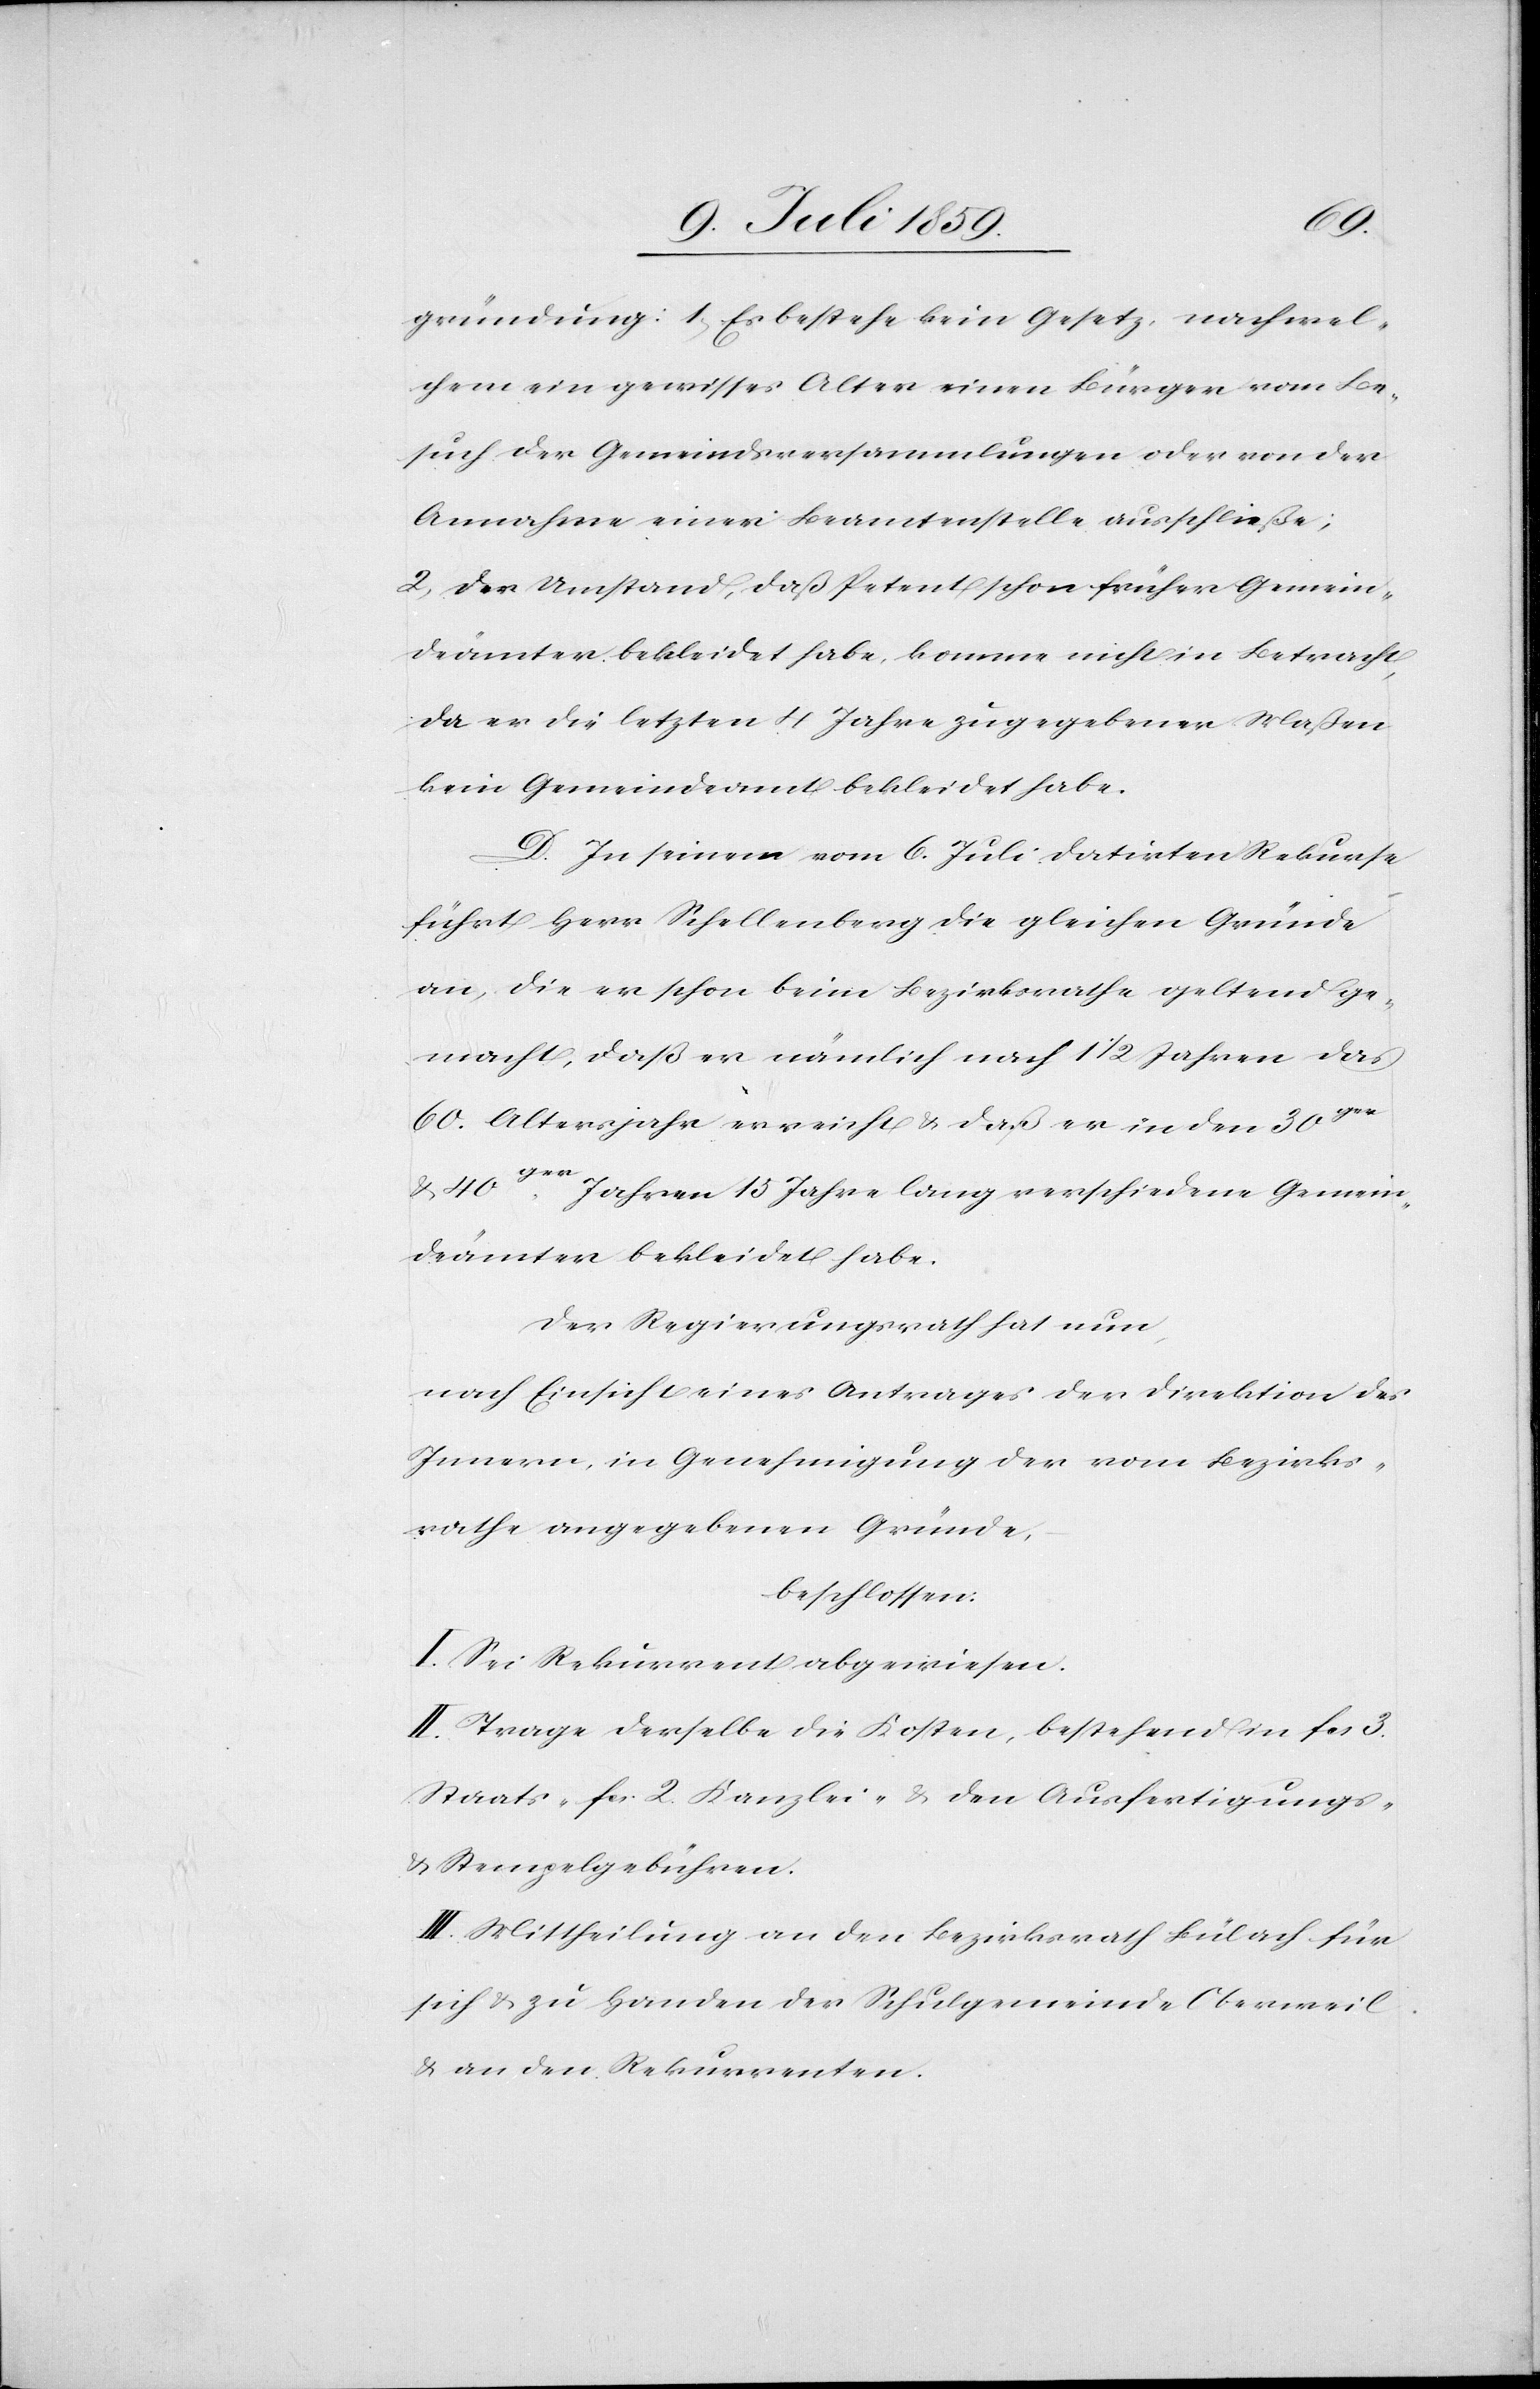
gründung: 1) Es bestehe kein Gesetz, nach wel¬
chem ein gewisses Alter einen Bürger vom Be¬
such der Gemeindsversammlung oder von der
Annahme einer Beamtenstelle ausschließe;
2) Der Umstand, daß Petent schon früher Gemein¬
deämter bekleidet habe, komme nicht in Betracht,
da er die letzten 4 Jahre zugegebener Maßen
kein Gemeindeamt bekleidet habe.
D. In seinem vom 6. Juli datirten Rekurse
führt Herr Schellenberg die gleichen Gründe
an, die er schon beim Bezirksrathe geltend ge¬
macht, daß er nämlich nach 1 1/2 Jahren das
60. Altersjahr erreicht u. daß er in den 30ger
u. 40ger Jahren 15 Jahre lang verschiedene Gemein¬
deämter bekleidet habe.
Der Regierungsrath hat nun,
nach Einsicht eines Antrages der Direktion des
Innern, in Genehmigung der vom Bezirks¬
rathe angegebenen Gründe,
beschlossen:
I. Sei Rekurrent abgewiesen.
II. Trage derselbe die Kosten, bestehend in fcs. 3.
Staats- fcs. 2. Kanzlei- u. den Ausfertigungs-
u. Stempelgebühren.
III. Mittheilung an den Bezirksrath Bülach für
sich u. zu Handen der Schulgemeinde Oberweil
u. an den Rekurrenten.